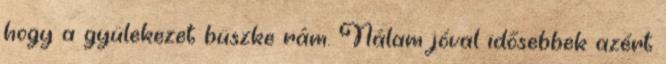
hogy a gyülekezet büszke rám. Nálam jóval idősebbek azért